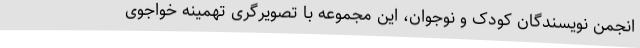
انجمن نویسندگان کودک و نوجوان، این مجموعه با تصویرگری تهمینه خواجوی